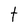
Character: t